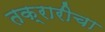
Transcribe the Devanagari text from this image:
तक्रारीचा